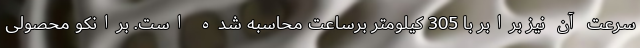
سرعت آن نیز برابر با 305 کیلومتر برساعت محاسبه شده است. برانکو محصولی